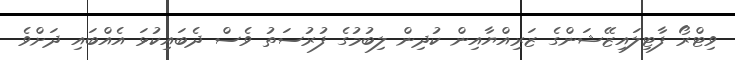
ވިޓްރޯ ފާޓިލައިޒޭޝަންގެ ޒަރިއްޔާއިން ކުދިން ލިބުމުގެ ފުރުސަތު ވެސް ދެބައިކުޅަ އެއްބައި ދަށްވެ